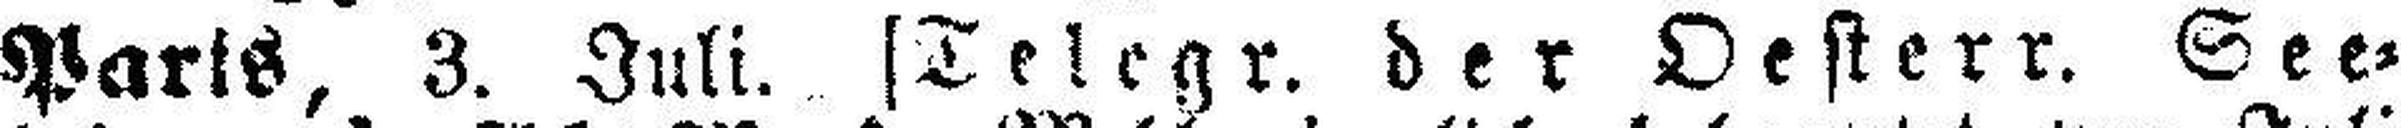
Parts, 3. Juli. [Telegr. der Oesterr. See¬